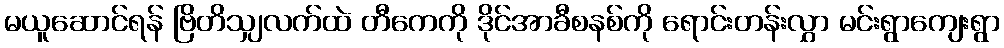
မယူဆောင်ရန် ဗြိတိသျှလက်ထဲ တီကေကို ဒိုင်အာခီစနစ်ကို ရောင်းတန်းလွှာ မင်းရွာကျေးရွာ